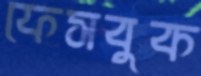
ফেসবুক